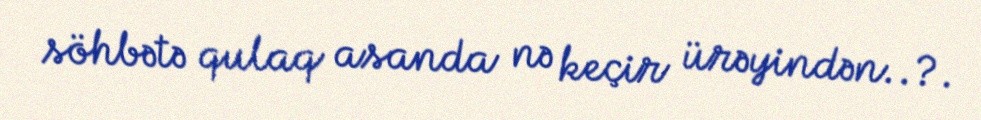
söhbətə qulaq asanda nə keçir ürəyindən..?.